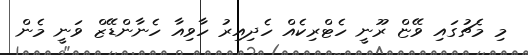
މި މެޗުގައި ވޭޏް ރޫނީ ހެޓްރިކެއް ހެދިއިރު ހާވިއާ ހެނާންޑޭޒް ވަނީ މެން